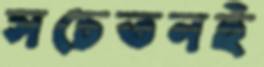
সচেতনই